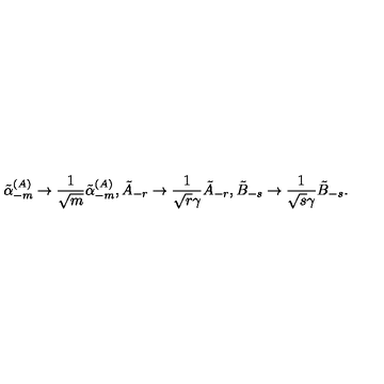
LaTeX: \tilde { \alpha } _ { - m } ^ { ( A ) } \rightarrow \frac { 1 } { \sqrt { m } } \tilde { \alpha } _ { - m } ^ { ( A ) } , \tilde { A } _ { - r } \rightarrow \frac { 1 } { \sqrt { r } \gamma } \tilde { A } _ { - r } , \tilde { B } _ { - s } \rightarrow \frac { 1 } { \sqrt { s } \gamma } \tilde { B } _ { - s } .